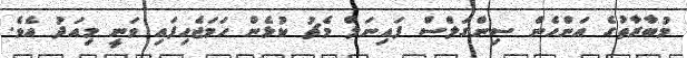
މުބާރާތުގެ އަންހެން ސިންގަލްސް ފައިނަލް މެޗު ކުޅެން ހަމަޖެހިފައި ވަނީ މިއަދު އެވެ.